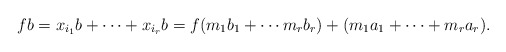
\begin{align*}fb = x_{i_1}b+\cdots + x_{i_r}b = f(m_1b_1+\cdots m_rb_r)+(m_1a_1+\cdots +m_ra_r).\end{align*}